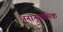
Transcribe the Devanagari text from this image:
अनानुगामिक